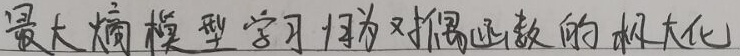
最大熵模型学习归结为对偶函数的极大化